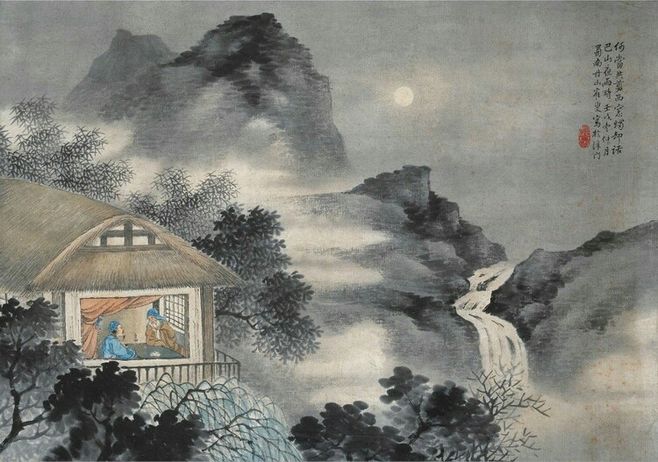
何当共剪西窗烛，却话巴山夜雨时。